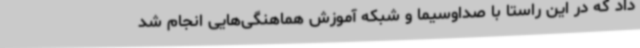
داد که در این راستا با صداوسیما و شبکه آموزش هماهنگی‌هایی انجام شد